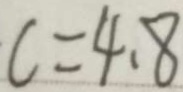
c = 4 . 8